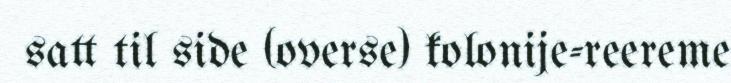
satt til side (overse) kolonije-reereme